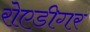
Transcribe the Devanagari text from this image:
रोएडीगर